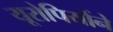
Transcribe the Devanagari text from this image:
यूरोपियोंने